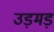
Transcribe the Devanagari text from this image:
उड़मड़